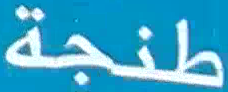
طنجة